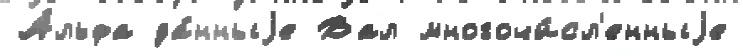
А́льфа да́нныjе Вал многочи́сл'енныjе